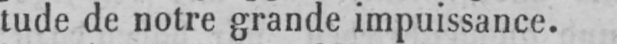
tude de notre grande impuissance.